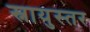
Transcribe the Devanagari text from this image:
स्नायुस्तर